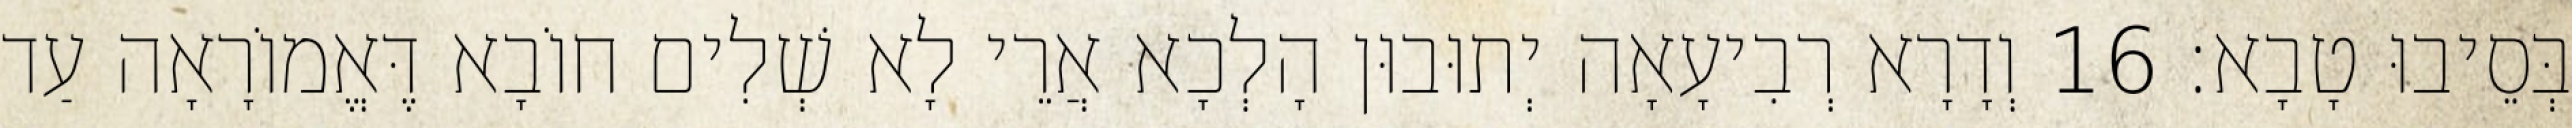
בְּסֵיבוּ טָבָא׃ 16 וְדָרָא רְבִיעָאָה יְתוּבוּן הָלְכָא אֲרֵי לָא שְׁלִים חוֹבָא דֶּאֱמוֹרָאָה עַד